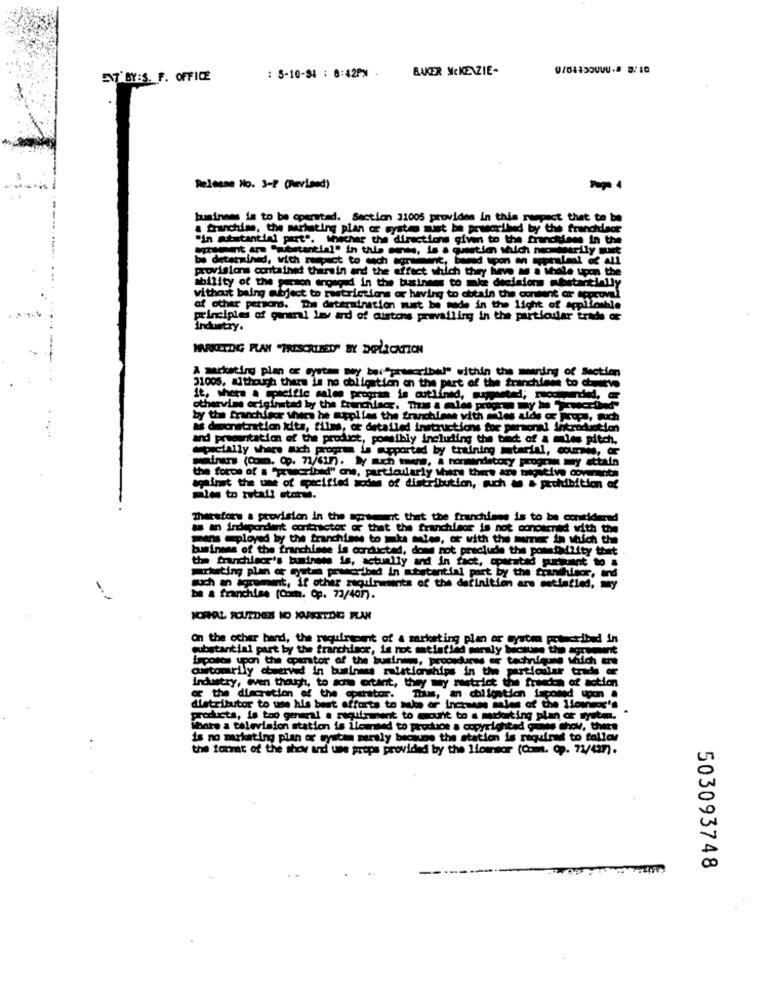
BAKER MCKENZIE-
7'BY:S. F. OFFICE
: 5-10-94 : 8:42PM
Release No. 3-2 (Revised)
business is to be operated. Section 31005 provides in this respect thet to be
a franchime, the marketing plan of system mist be prworthed by the franchisor
"in substantial part". thecher the directions give to the franchises in the
dortantial" in this one, is a question which neo arily must
be determined, with respect to each acrwant, bed to an weruleal of All
provisions contained thersin and the effect which they have as a Whole upon the
ability of the person engaged in the business to make decisions substantially
without being abject to restrictions or having to obtain the content or Approval
of other persons. The determination must be made in the light of appllo
principles of general lav and of pistons prevailing in the particular trade or
Industry.
MARKETING PLAN "PRESCRIBED" BY DUPLICATION
A marketing plan of system mey bor"prescribel" within the meaning of Section
31005, although there is no obligation on the part of the franchies to dove
it, where a ipreifle salen program is outlined, suported; nochended, -
otherwise originated by the franchiser. Thas a sales progra my be "Trwacried"
by the franchisor where he applies the franchiane with les aide or props, Ruch
as democratration kits, films, or detailed instructions for personal Introdu
and presentation of the product, possibly including the tint of a miles pitch.
@pacially share such program is supported by training mtarial, comme, or
mainen (Com. Op. 71/617). ly auch tera, a nonmandatory program my attain
the force of a "prescribed" one, particularly share there are bigative covenants
against the une of specified some of distribution, auch & & prohibition of
miles to retail store.
Thersfors a provision in the agreement that the franchises is to be considered
as an independent contractor or that the franchisor is not conowned with the
mans mployed by the franchise to make mies, or with the imer in which the
business of the franchisee is conducted, does not preclude the pomability that
the franchisor's business is, actually and in fact, cparatad pursuant to a
Prksting plan or cyutan prcribed in mostantial part by the brandhuisor, and
such an igrement, if other zaquirments of the definition are satisfied,
be a franchise (Comm. Op. 73/407).
ICHHAL SOUTDES IO YARESTDE PLAN
On the ocher band, the requirement of a marketing plan or cysten prescribed in
substantial part by the franchisor, is not satisfied moraly because the agrement
Laposes upon the cputor of the busines, procedures er techniqune which Che
automarily abwaved in business relationships in the particular trade af
Industry, even though, to schis ortant, they my restrict the freedom of motion
of the discretion of the operator.
Trans, an chilgation faconed upon .
distributor to use his best efforts to make or increase sales of the llomer's
.
products, is too general a requirement to mourit to a medhiting plan or systm.
Whate a television station is ilowned to produce a copyrighted gows chov, there
is no marketing plan or system paraly because the station is required to follow
the format of the show and une props provided by the lionmaar (C.m. Op. 73/427).
503093748